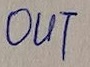
Text: OUT